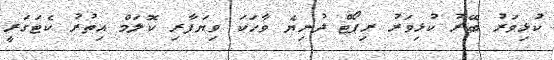
ކުޅިވަރު ބޭރު ކުޅިވަރު ރިޕޯޓް ދުނިޔެ ވާހަކަ ވިޔަފާރި ކޮލަމް އިތުރު ކެޓަގަރީ